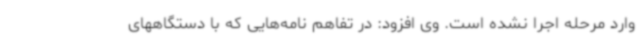
وارد مرحله اجرا نشده است. وی افزود: در تفاهم نامه‌هایی که با دستگاههای